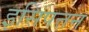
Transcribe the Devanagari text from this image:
इसिपत्तन